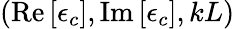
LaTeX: (\mathrm{Re}\left[\epsilon_{c}\right],\mathrm{Im}\left[\epsilon_{c}\right],kL)